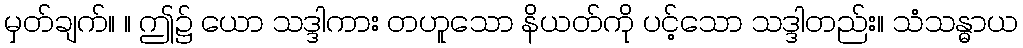
မှတ်ချက်။ ။ ဤ၌ ယော သဒ္ဒါကား တဟူသော နိယတ်ကို ပင့်သော သဒ္ဒါတည်း။ သံသန္ဓာယ